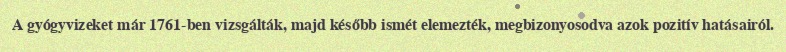
A gyógyvizeket már 1761-ben vizsgálták, majd később ismét elemezték, megbizonyosodva azok pozitív hatásairól.